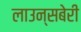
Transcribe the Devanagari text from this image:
लाउन्सबेरी